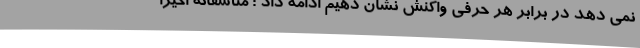
نمی دهد در برابر هر حرفی واکنش نشان دهیم ادامه داد : متأسفانه اخیراً